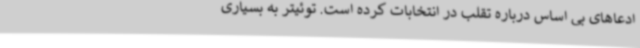
ادعاهای بی اساس درباره تقلب در انتخابات کرده است. توئیتر به بسیاری